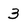
Character: 3